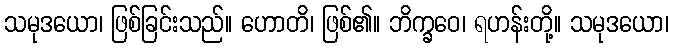
သမုဒယော၊ ဖြစ်ခြင်းသည်။ ဟောတိ၊ ဖြစ်၏။ ဘိက္ခဝေ၊ ရဟန်းတို့။ သမုဒယော၊